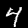
Label: 4